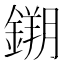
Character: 𮢮